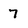
Character: 7